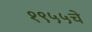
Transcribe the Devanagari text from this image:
१९५५चे